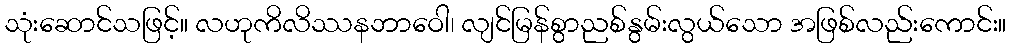
သုံးဆောင်သဖြင့်။ လဟုကိလိဿနဘာဝေါ၊ လျင်မြန်စွာညစ်နွမ်းလွယ်သော အဖြစ်လည်းကောင်း။